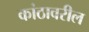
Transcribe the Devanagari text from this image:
कांठावरील